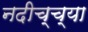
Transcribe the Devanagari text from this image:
नदीच्च्या